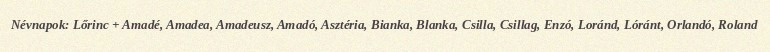
Névnapok: Lőrinc + Amadé, Amadea, Amadeusz, Amadó, Asztéria, Bianka, Blanka, Csilla, Csillag, Enzó, Loránd, Lóránt, Orlandó, Roland